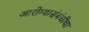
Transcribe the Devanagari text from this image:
आरोग्यासंबंधीचा